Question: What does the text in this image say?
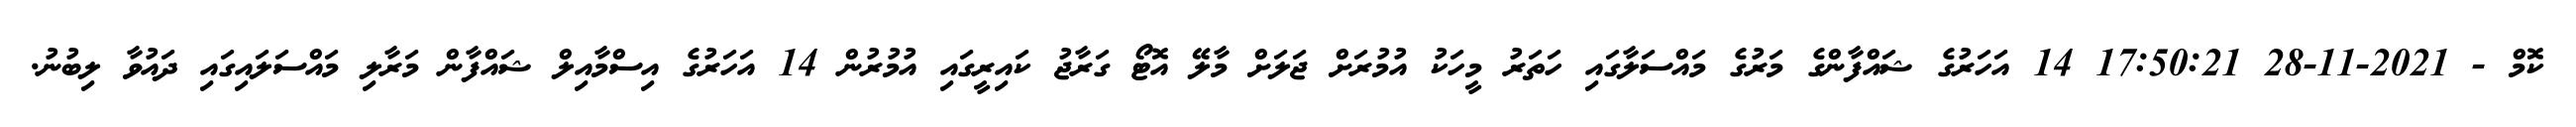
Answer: ކޮމް - 2021-11-28 17:50:21 14 އަހަރުގެ ޝައްފާންގެ މަރުގެ މައްސަލާގައި ހަތަރު މީހަކު އުމުރަށް ޖަލަށް މާލޭ އޮޓޯ ގަރާޖު ކައިރީގައި އުމުރުން 14 އަހަރުގެ އިސްމާއިލް ޝައްފާން މަރާލި މައްސަލައިގައި ދައުވާ ލިބުނު.